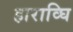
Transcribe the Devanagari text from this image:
हाराव्घि